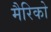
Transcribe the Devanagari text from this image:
मैरिको